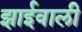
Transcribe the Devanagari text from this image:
झाईवाली